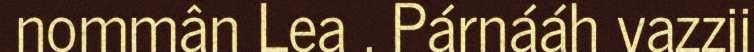
nommân Lea . Párnááh vazzii